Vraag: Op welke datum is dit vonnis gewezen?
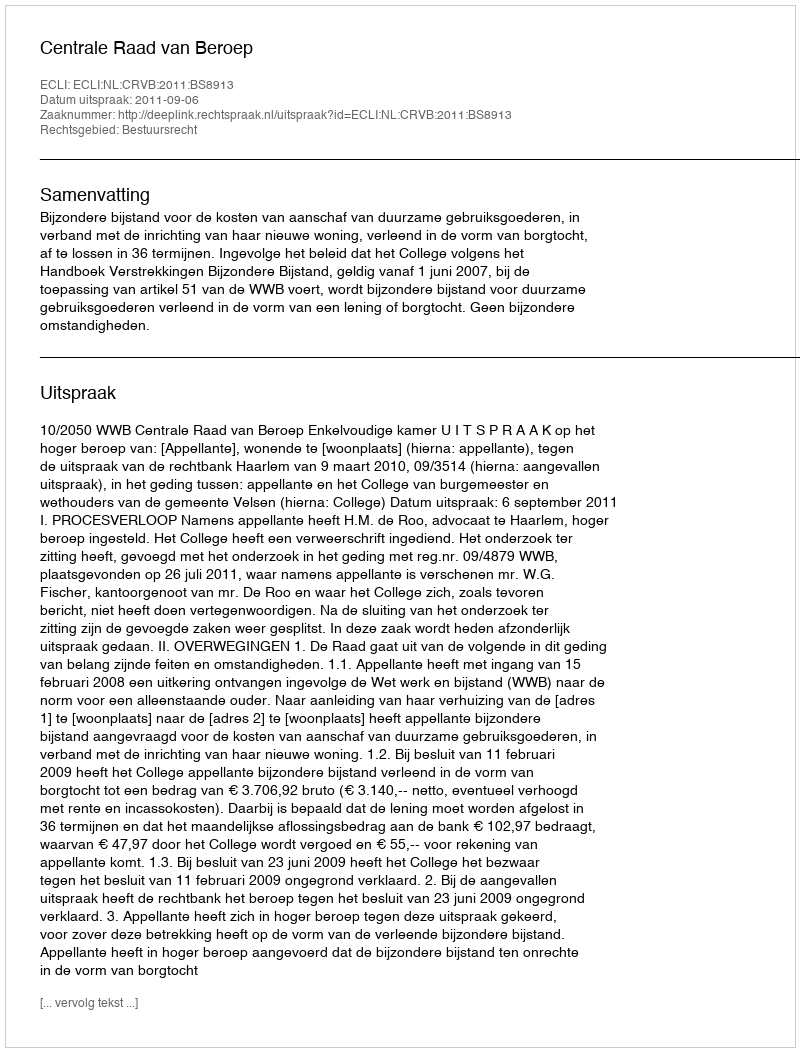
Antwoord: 2011-09-06